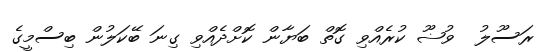
ރަސޫލު  ވުޟޫ ކުރެއްވި ގޮތް ބަޔާން ކޮށްދެއްވި ގިނަ ބޭކަލުން ބިސްމީގެ